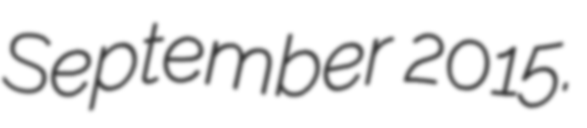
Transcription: September 2015.